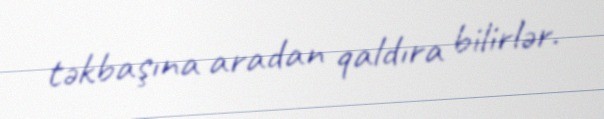
təkbaşına aradan qaldıra bilirlər.